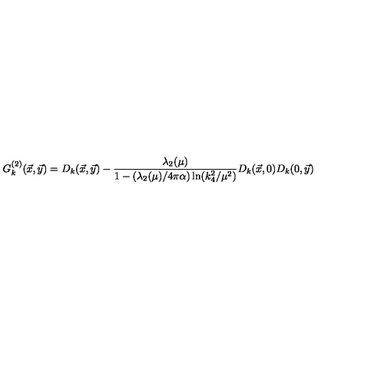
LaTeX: G _ { k } ^ { ( 2 ) } ( { \vec { x } } , { \vec { y } } ) = D _ { k } ( { \vec { x } } , { \vec { y } } ) - { \frac { \lambda _ { 2 } ( \mu ) } { 1 - ( \lambda _ { 2 } ( \mu ) / 4 \pi \alpha ) \ln ( k _ { 4 } ^ { 2 } / \mu ^ { 2 } ) } } D _ { k } ( { \vec { x } } , 0 ) D _ { k } ( 0 , { \vec { y } } )